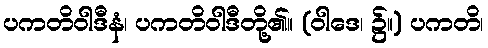
ပကတိဝါဒီနံ၊ ပကတိဝါဒီတို့၏။ (ဝါဒေ၊ ၌။) ပကတိ၊